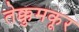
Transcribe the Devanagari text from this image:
तेक्कुमकूर